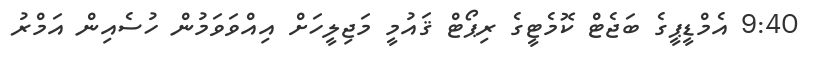
9:40 އެމްޑީޕީގެ ބަޖެޓް ކޮމެޓީގެ ރިޕޯޓް ޤައުމީ މަޖިލީހަށް އިއްވަވަމުން ހުސެއިން އަމްރު